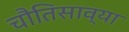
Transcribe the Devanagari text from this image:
चौतिसाव्या